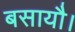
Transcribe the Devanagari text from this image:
बसायौ।